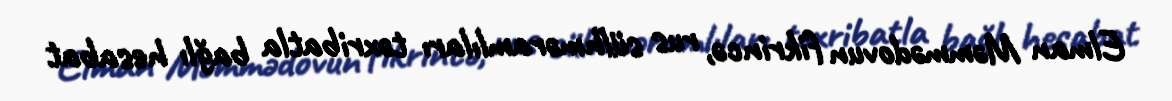
Elman Məmmədovun fikrincə, rus sülhməramlıları təxribatla bağlı hesabat